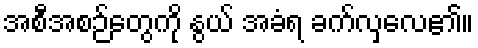
အစီအစဉ်တွေကို နွယ် အခံရ ခက်လှလေ၏။